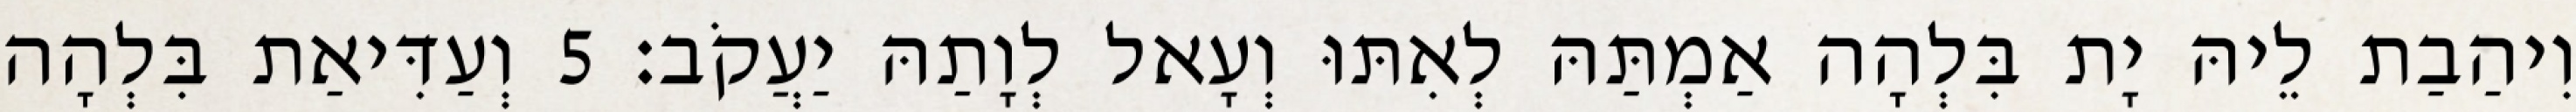
וִיהַבַת לֵיהּ יָת בִּלְהָה אַמְתַּהּ לְאִתּוּ וְעָאל לְוָתַהּ יַעֲקֹב׃ 5 וְעַדִּיאַת בִּלְהָה